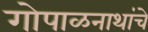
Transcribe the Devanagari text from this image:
गोपाळनाथांचे